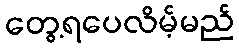
တွေ့ရပေလိမ့်မည်